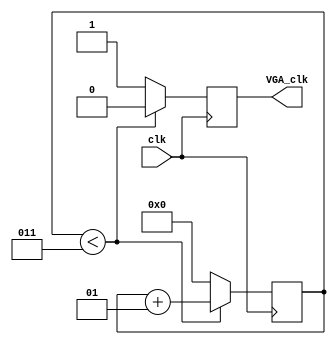
//Divides internal 100 MHz clock into 25 MHz 
module ClockDivider(
input wire clk,
output reg VGA_clk
);

    integer check = 3;
    integer a = 0;
	always@(posedge clk)
    begin 
        if(a<check) begin
            a <= a + 1;
            VGA_clk <= 0;
        end
        else begin
            a <= 0;
            VGA_clk <= 1;
        end
        //VGA_clk = clk;
	end
	
endmodule